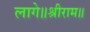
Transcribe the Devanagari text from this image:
लागे॥श्रीराम॥